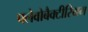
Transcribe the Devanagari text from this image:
फ्लेवोबैक्टीरियम